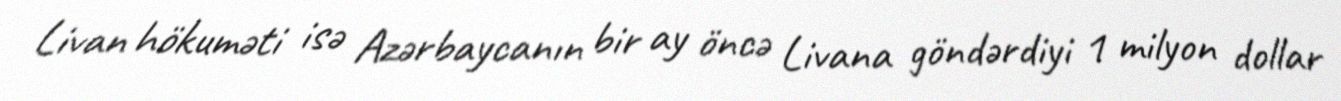
Livan hökuməti isə Azərbaycanın bir ay öncə Livana göndərdiyi 1 milyon dollar